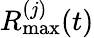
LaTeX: R_{\mathrm{max}}^{(j)}(t)